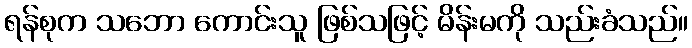
ရန်စုက သဘော ကောင်းသူ ဖြစ်သဖြင့် မိန်းမကို သည်းခံသည်။